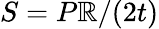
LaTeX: S=P\mathbb{R}/(2t)